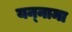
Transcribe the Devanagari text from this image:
यन्‍नामा